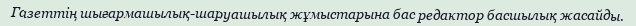
Газеттің шығармашылық-шаруашылық жұмыстарына бас редактор басшылық жасайды.